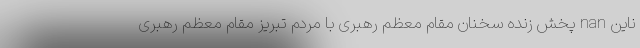
ناین nan پخش زنده سخنان مقام معظم رهبری با مردم تبریز مقام معظم رهبری